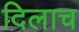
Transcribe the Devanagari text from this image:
दिलाच